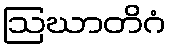
ဩဃာတိဂံ